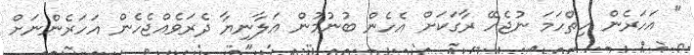
" އަހަރެން ހިތްހަމަ ނުޖެހޭ ރާގަކަށް އެހެން ބުނުމުން އަލާނިޔާ ދެރަވެއްޖެހެން އަހަރެންނަށް